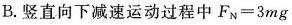
B.竖直向下减速运动过程中$$F _ { N } = 3 m g$$